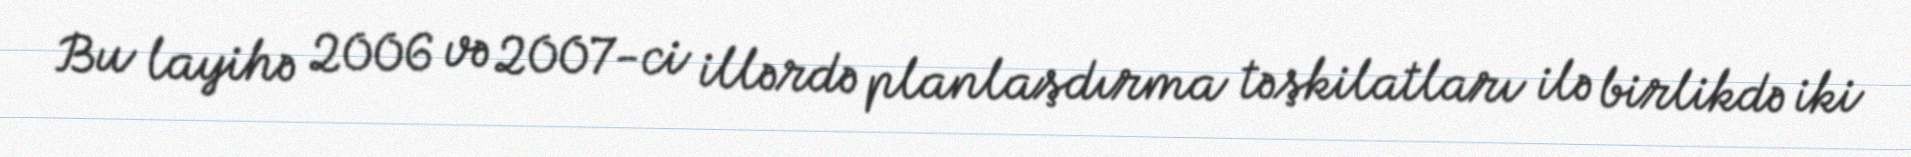
Bu layihə 2006 və 2007-ci illərdə planlaşdırma təşkilatları ilə birlikdə iki